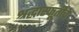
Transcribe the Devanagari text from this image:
श्रद्धास्फूर्तीचे